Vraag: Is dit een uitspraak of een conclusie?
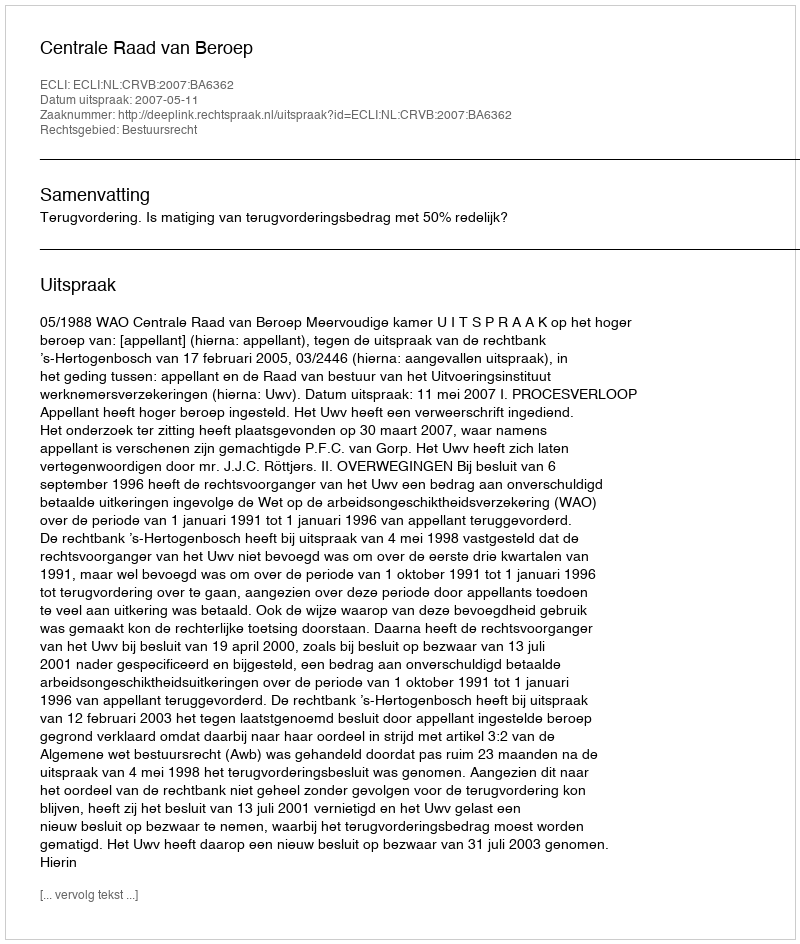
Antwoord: Uitspraak